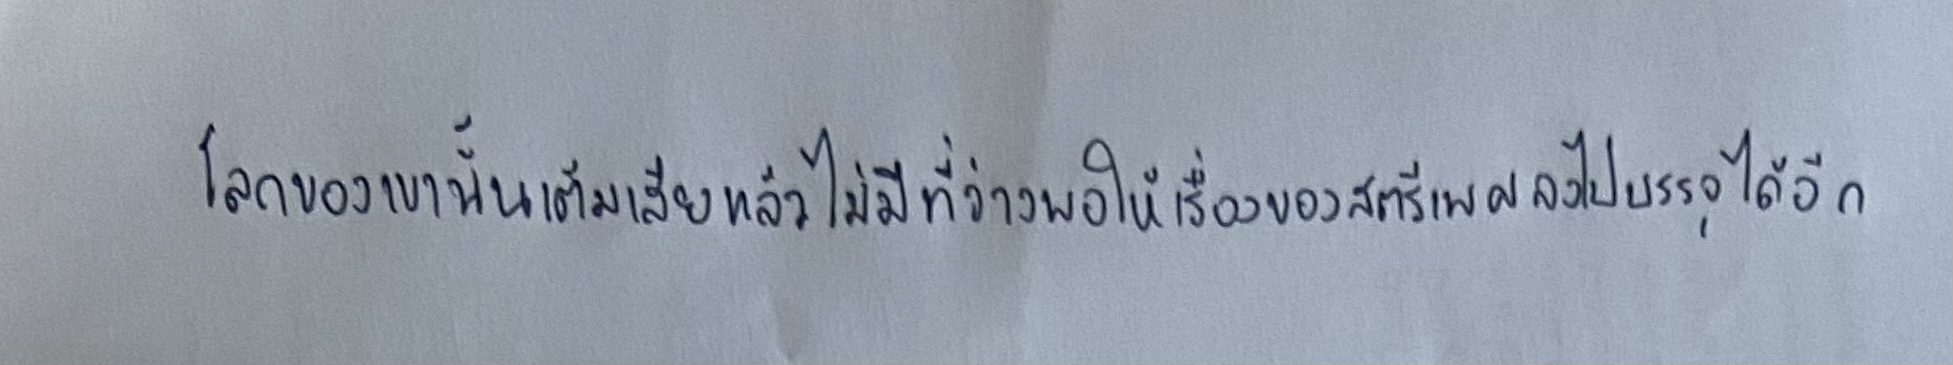
โลกของเขานั้นเต็มเสียแล้วไม่มีที่ว่างพอให้เรื่องของสตรีเพศลงไปบรรจุได้อีก